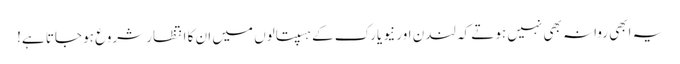
یہ ابھی روانہ بھی نہیں ہوتے کہ لندن اور نیو یارک کے ہسپتالوں میں ان کا انتظار شروع ہو جاتا ہے!